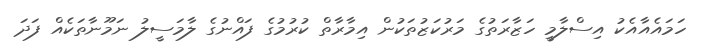
ހަމައެއާއެކު އިސްލާމީ ހަޒާރަތުގެ މަރުކަޒުތަކުން އިމާރާތް ކުރުމުގެ ފައްނުގެ ލާމަސީލު ނަމޫނާތަކެއް ފަދަ